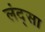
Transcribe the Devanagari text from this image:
लंद्सा